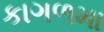
કાગળમા